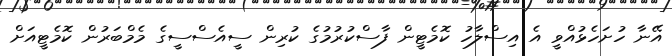
އޭނާ ހުށަހެޅުއްވީ އެ އިސްލާހު ކޮމެޓީން ފާސްކުރުމުގެ ކުރިން ސީއެސްސީގެ މެމްބަރުން ކޮމެޓީއަށް